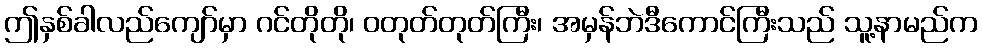
ဤနှစ်ခါလည်ကျော်မှာ ဂင်တိုတို၊ ဝတုတ်တုတ်ကြီး၊ အမှန်ဘဲဒီကောင်ကြီးသည် သူ့နာမည်က